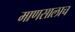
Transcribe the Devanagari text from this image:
माणसालाच